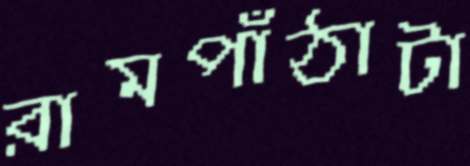
রামপাঁঠাটা